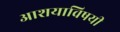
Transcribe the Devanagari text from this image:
आशयाविषयी